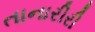
તાનારીરી